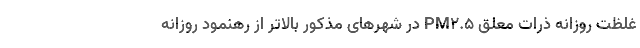
غلظت روزانه ذرات معلق PM۲.۵ در شهرهای مذکور بالاتر از رهنمود روزانه